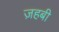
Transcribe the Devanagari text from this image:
ज़हबी